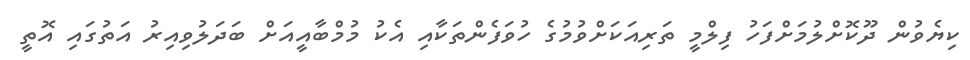
ކިޔެވުން ދޫކޮށްލުމަށްފަހު ފިލްމީ ތަރިއަކަށްވުމުގެ ހުވަފެންތަކާއި އެކު މުމްބާއީއަށް ބަދަލުވިއިރު އަތުގައި އޮތީ